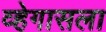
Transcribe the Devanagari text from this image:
व्हेगासला